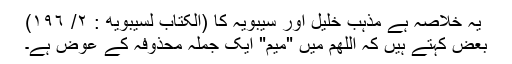
یہ خلاصہ ہے مذہب خلیل اور سیبویہ کا (الکتاب لسیبويه : ٢/ ١٩٦)
بعض کہتے ہیں کہ اللھم میں "میم" ایک جملہ محذوفہ کے عوض ہے۔